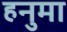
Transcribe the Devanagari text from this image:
हनुमा